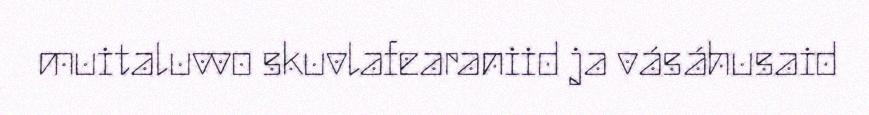
muitaluvvo skuvlafearaniid ja vásáhusaid